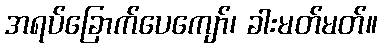
အရပ်ခြောက်ပေကျော်၊ ခါးမတ်မတ်။